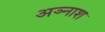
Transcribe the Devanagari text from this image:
अञ्नाश